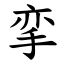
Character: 挛